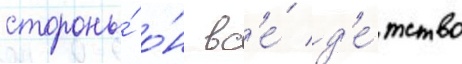
стороны́ о́н вс'е́ д'е́тство